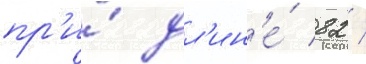
пр'и́ дл'ин'е́ 82 /